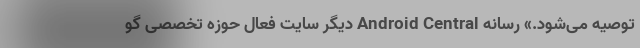
توصیه می‌شود.» رسانه Android Central دیگر سایت فعال حوزه تخصصی گو